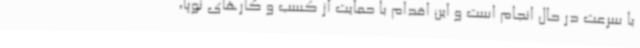
با سرعت در حال انجام است و این اقدام با حمایت از کسب و کارهای نوپا،